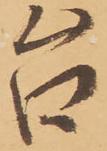
台